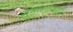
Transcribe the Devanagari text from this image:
गुहान्तदर्शी